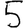
Digit: 5